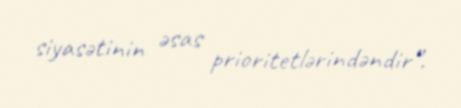
siyasətinin əsas prioritetlərindəndir”.